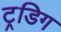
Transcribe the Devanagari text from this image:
ट्रडिग